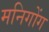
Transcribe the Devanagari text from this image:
मनिगोंग